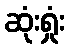
ဆုံးရှုံး